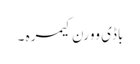
باڈی وورن کیمرہ ۔